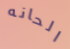
الحانه